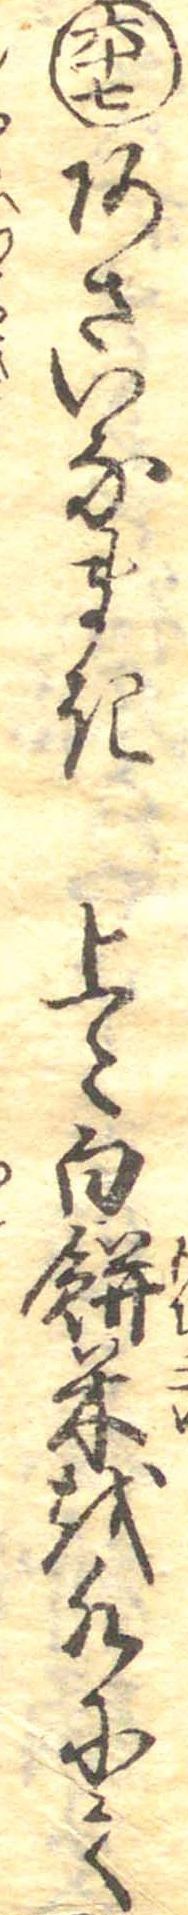
六十七あさいなまき上〻白餅米を水にて